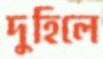
দুহিলে